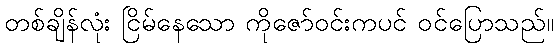
တစ်ချိန်လုံး ငြိမ်နေသော ကိုဇော်ဝင်းကပင် ဝင်ပြောသည်။